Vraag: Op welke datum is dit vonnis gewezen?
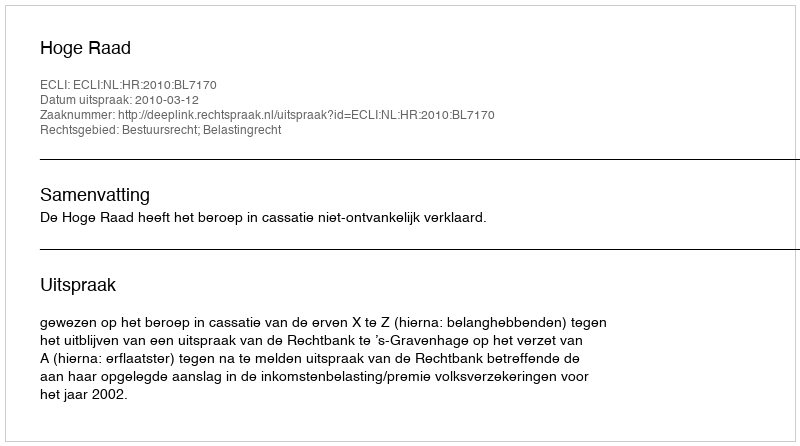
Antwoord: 2010-03-12